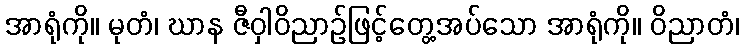
အာရုံကို။ မုတံ၊ ဃာန ဇီဝှါဝိညာဉ်ဖြင့်တွေ့အပ်သော အာရုံကို။ ဝိညာတံ၊